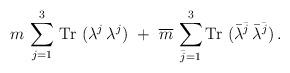
LaTeX: \begin{align*}m\, \sum_{j=1}^3 \, {\rm Tr}~(\lambda^j\, \lambda^j) ~+~\overline m\, \sum_{\bar j=1}^3 {\rm Tr}~(\bar \lambda^{\bar j}\, \bar \lambda^{\bar j}) \,.\end{align*}